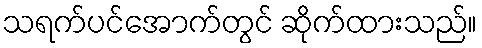
သရက်ပင်အောက်တွင် ဆိုက်ထားသည်။